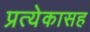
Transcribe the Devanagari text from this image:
प्रत्येकासह